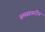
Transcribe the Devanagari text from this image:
रूमसागरीय